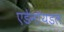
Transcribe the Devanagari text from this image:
एडेनॉयडल